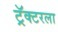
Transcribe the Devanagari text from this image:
ट्रॅक्टरला